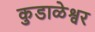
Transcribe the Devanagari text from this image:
कुडाळेश्वर